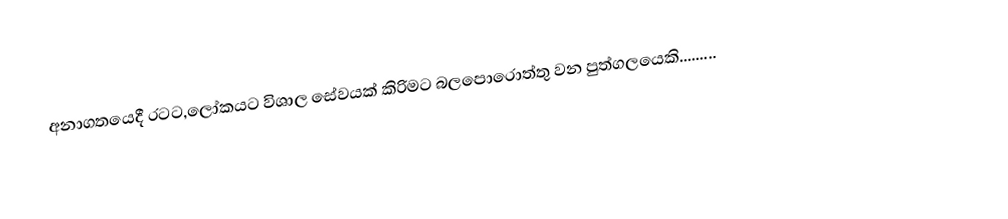
අනාගතයෙදී රටට,ලෝකයට විශාල සේවයක් කිරිමට බලපොරොත්තු වන පුත්ගලයෙකි.........